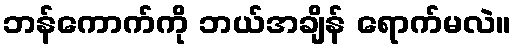
ဘန်ကောက်ကို ဘယ်အချိန် ရောက်မလဲ။